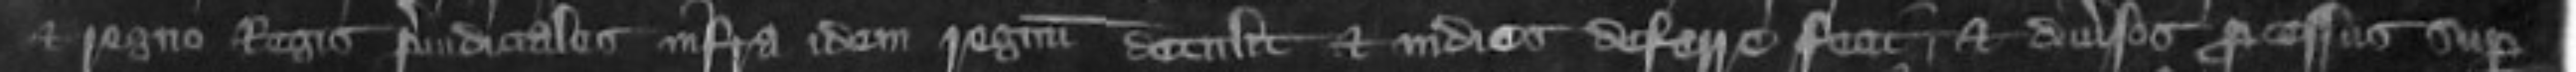
et regno Regis preiudicialies infra idem regnum detulit et in dies deferre fecit et diversos processus super